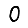
Digit: 0